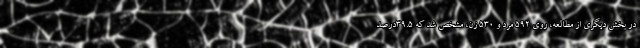
در بخش دیگری از مطالعه، روی ۵۹۲ مرد و ۵۳۰ زن، مشخص شد که ۳۹.۵درصد